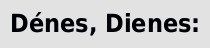
Dénes, Dienes: